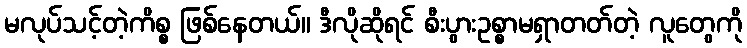
မလုပ်သင့်တဲ့ကိစ္စ ဖြစ်နေတယ်။ ဒီလိုဆိုရင် စီးပွားဥစ္စာမရှာတတ်တဲ့ လူတွေကို